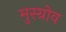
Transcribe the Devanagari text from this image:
मुस्ग्रोव